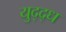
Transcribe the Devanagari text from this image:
युद्द्ध